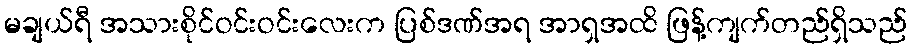
မချယ်ရီ အသားစိုင်ဝင်းဝင်းလေးက ပြစ်ဒဏ်အရ အာရှအထိ ဖြန့်ကျက်တည်ရှိသည်